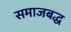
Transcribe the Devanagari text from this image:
समाजबद्ध